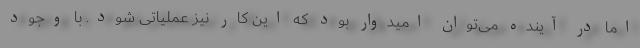
اما در آینده می‌توان امیدوار بود که این کار نیز عملیاتی شود. با وجود